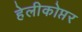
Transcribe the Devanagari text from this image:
हेलीकोप्तर